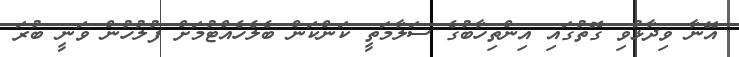
އޭނާ ވިދާޅުވި ގޮތުގައި އިންތިހާބުގެ ސަލާމަތީ ކަންކަން ބެލެހެއްޓުމަށް ފުލުހުން ވަނީ ބުރަ